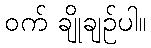
ဝက် ချိုချဉ်ပါ။